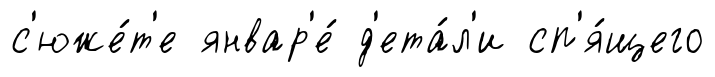
с'юже́т'е январ'е́ д'ета́л'и сп'я́щего